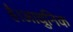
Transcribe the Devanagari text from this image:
है।आधुनिक